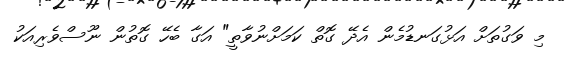
މި ވަގުތަށް އަޅުގަނޑުމެން އެދޭ ގޮތް ކަމަށްނުވާތީ" އަގާ ބެހޭ ގޮތުން ނޫސްވެރިއަކު